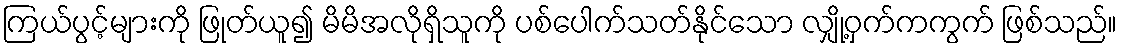
ကြယ်ပွင့်များကို ဖြုတ်ယူ၍ မိမိအလိုရှိသူကို ပစ်ပေါက်သတ်နိုင်သော လျှို့ဝှက်ကကွက် ဖြစ်သည်။